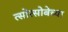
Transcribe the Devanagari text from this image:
त्सोत्सोबेच्या